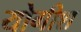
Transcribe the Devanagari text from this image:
योगीश